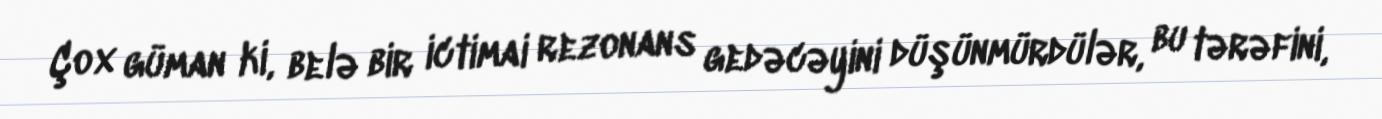
Çox güman ki, belə bir ictimai rezonans gedəcəyini düşünmürdülər, bu tərəfini,